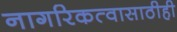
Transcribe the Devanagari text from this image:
नागरिकत्वासाठीही